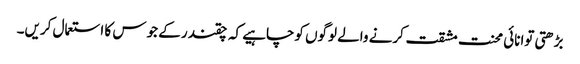
بڑھتی توانائی محنت مشقت کرنے والے لوگوں کوچاہیے کہ چقندر کے جوس کا استعمال کریں۔